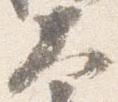
大